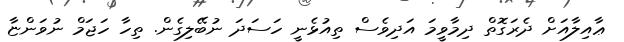
ޢާއިލާއަށް ދެރަގޮތް ދިމާވީމަ އަދިވެސް ތިއުޅެނީ ހަސަދަ ނުބޭލިގެން. ތިހާ ހަޖަމް ނުވަންޏާ